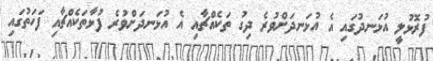
ފުރޮޅުލީ އުޅަނދުގައި އެ އުޅަނދަށްވުރެ ދިގު ތަކެއްޗާއި އެ އުޅަނދަށްވުރެ ފުޅާތަކެއްޗާއި ފަހަތުގައި